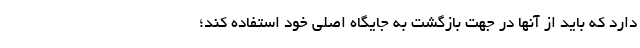
دارد که باید از آنها در جهت بازگشت به جایگاه اصلی خود استفاده کند؛